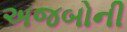
અજબોની